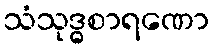
သံသုဒ္ဓစာရဏော